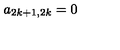
a _ { 2 k + 1 , 2 k } = 0